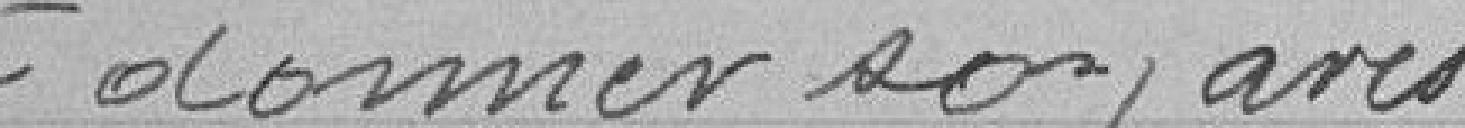
à donner son avis.